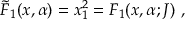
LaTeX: { \tilde { F } } _ { 1 } ( x , \alpha ) = x _ { 1 } ^ { 2 } = F _ { 1 } ( x , \alpha ; J ) ~ ,